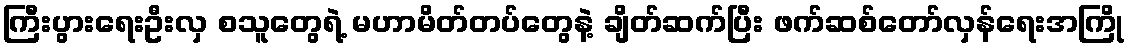
ကြီးပွားရေးဦးလှ စသူတွေရဲ့ မဟာမိတ်တပ်တွေနဲ့ ချိတ်ဆက်ပြီး ဖက်ဆစ်တော်လှန်ရေးအကြို